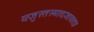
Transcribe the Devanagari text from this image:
यजुस्तस्मादजायत॥